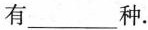
有___种.